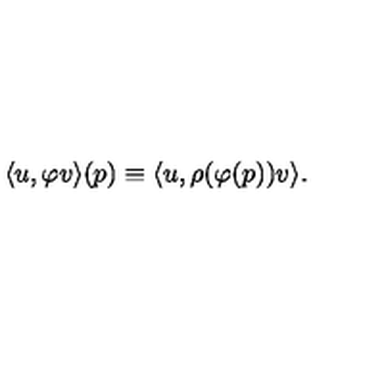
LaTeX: \langle u , \varphi v \rangle ( p ) \equiv \langle u , \rho ( \varphi ( p ) ) v \rangle .